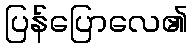
ပြန်ပြောလေ၏